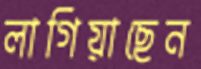
লাগিয়াছেন